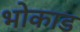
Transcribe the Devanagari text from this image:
भोकाड